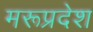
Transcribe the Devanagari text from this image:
मरूप्रदेश